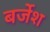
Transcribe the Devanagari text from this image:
बर्जेश